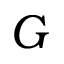
G